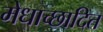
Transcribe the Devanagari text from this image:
मेधाच्छादित